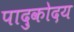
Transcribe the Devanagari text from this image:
पादुकोदय